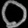
Digit: ၀